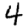
Digit: 4